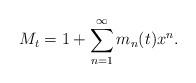
LaTeX: \begin{align*}M_t=1+\sum_{n=1}^\infty m_n(t)x^n.\end{align*}